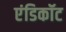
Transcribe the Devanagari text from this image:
एंडिकॉट